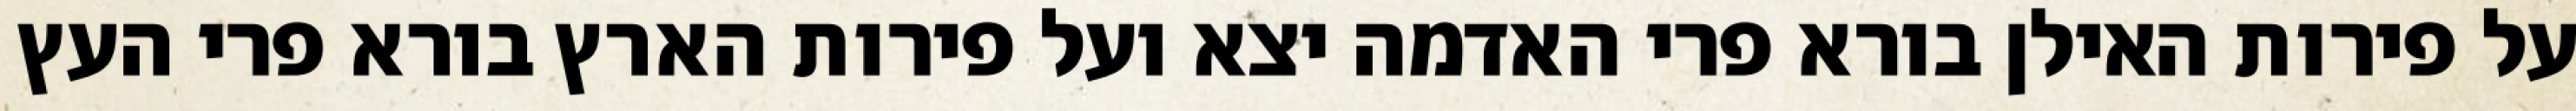
על פירות האילן בורא פרי האדמה יצא ועל פירות הארץ בורא פרי העץ